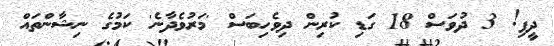
ދީފި! 3 ދުވަސް 18 ގަޑި ކުރިން ދިވެހިބަސް 'މަރުވެދާނެ' ކަމުގެ ނިޝާންތައް